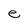
Character: e